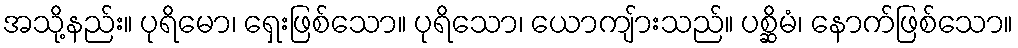
အသို့နည်း။ ပုရိမော၊ ရှေးဖြစ်သော။ ပုရိသော၊ ယောကျ်ားသည်။ ပစ္ဆိမံ၊ နောက်ဖြစ်သော။